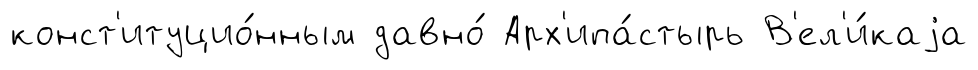
конст'итуцио́нным давно́ Арх'ипа́стырь В'ел'и́каjа